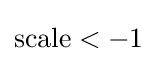
{\text{scale}}<-1